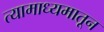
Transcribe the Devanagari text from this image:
त्यामाध्यमातून